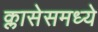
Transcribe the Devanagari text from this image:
क्लासेसमध्ये